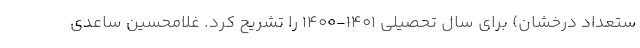
ستعداد درخشان) برای سال تحصیلی ۱۴۰۱-۱۴۰۰ را تشریح کرد. غلامحسین ساعدی